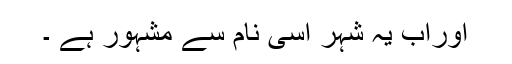
اوراب یہ شہر اسی نام سے مشہور ہے ۔